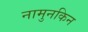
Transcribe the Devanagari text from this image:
नामुनकिन